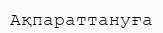
Ақпараттануға